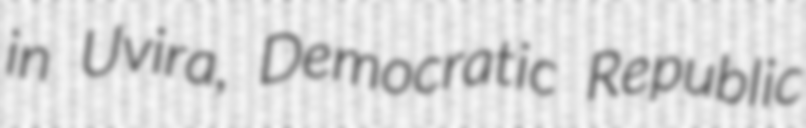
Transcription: in Uvira, Democratic Republic